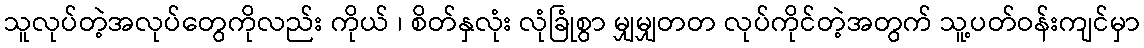
သူလုပ်တဲ့အလုပ်တွေကိုလည်း ကိုယ် ၊ စိတ်နှလုံး လုံခြုံစွာ မျှမျှတတ လုပ်ကိုင်တဲ့အတွက် သူ့ပတ်ဝန်းကျင်မှာ